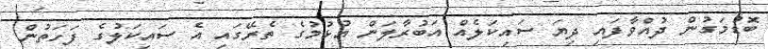
ބޮޑުމަގުން ދުއްވާފައި ދިޔަ ސައިކަލެއް އަބުރާލަން އުޅުމުގެ ތެރޭގައި އެ ސައިކަލުގެ ފަހަތުން